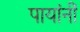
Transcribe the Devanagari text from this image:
पायांनीं